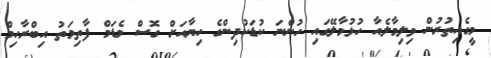
މީގެއިތުރުން ވިލިމާލެއާ ހުޅުމާލޭގައި ހުންނަ ކުޑަކުދިންގެ ހިޔާއަށް ގޮސް މެޑަމް ފާތިމަތު އިބްރާހިމް